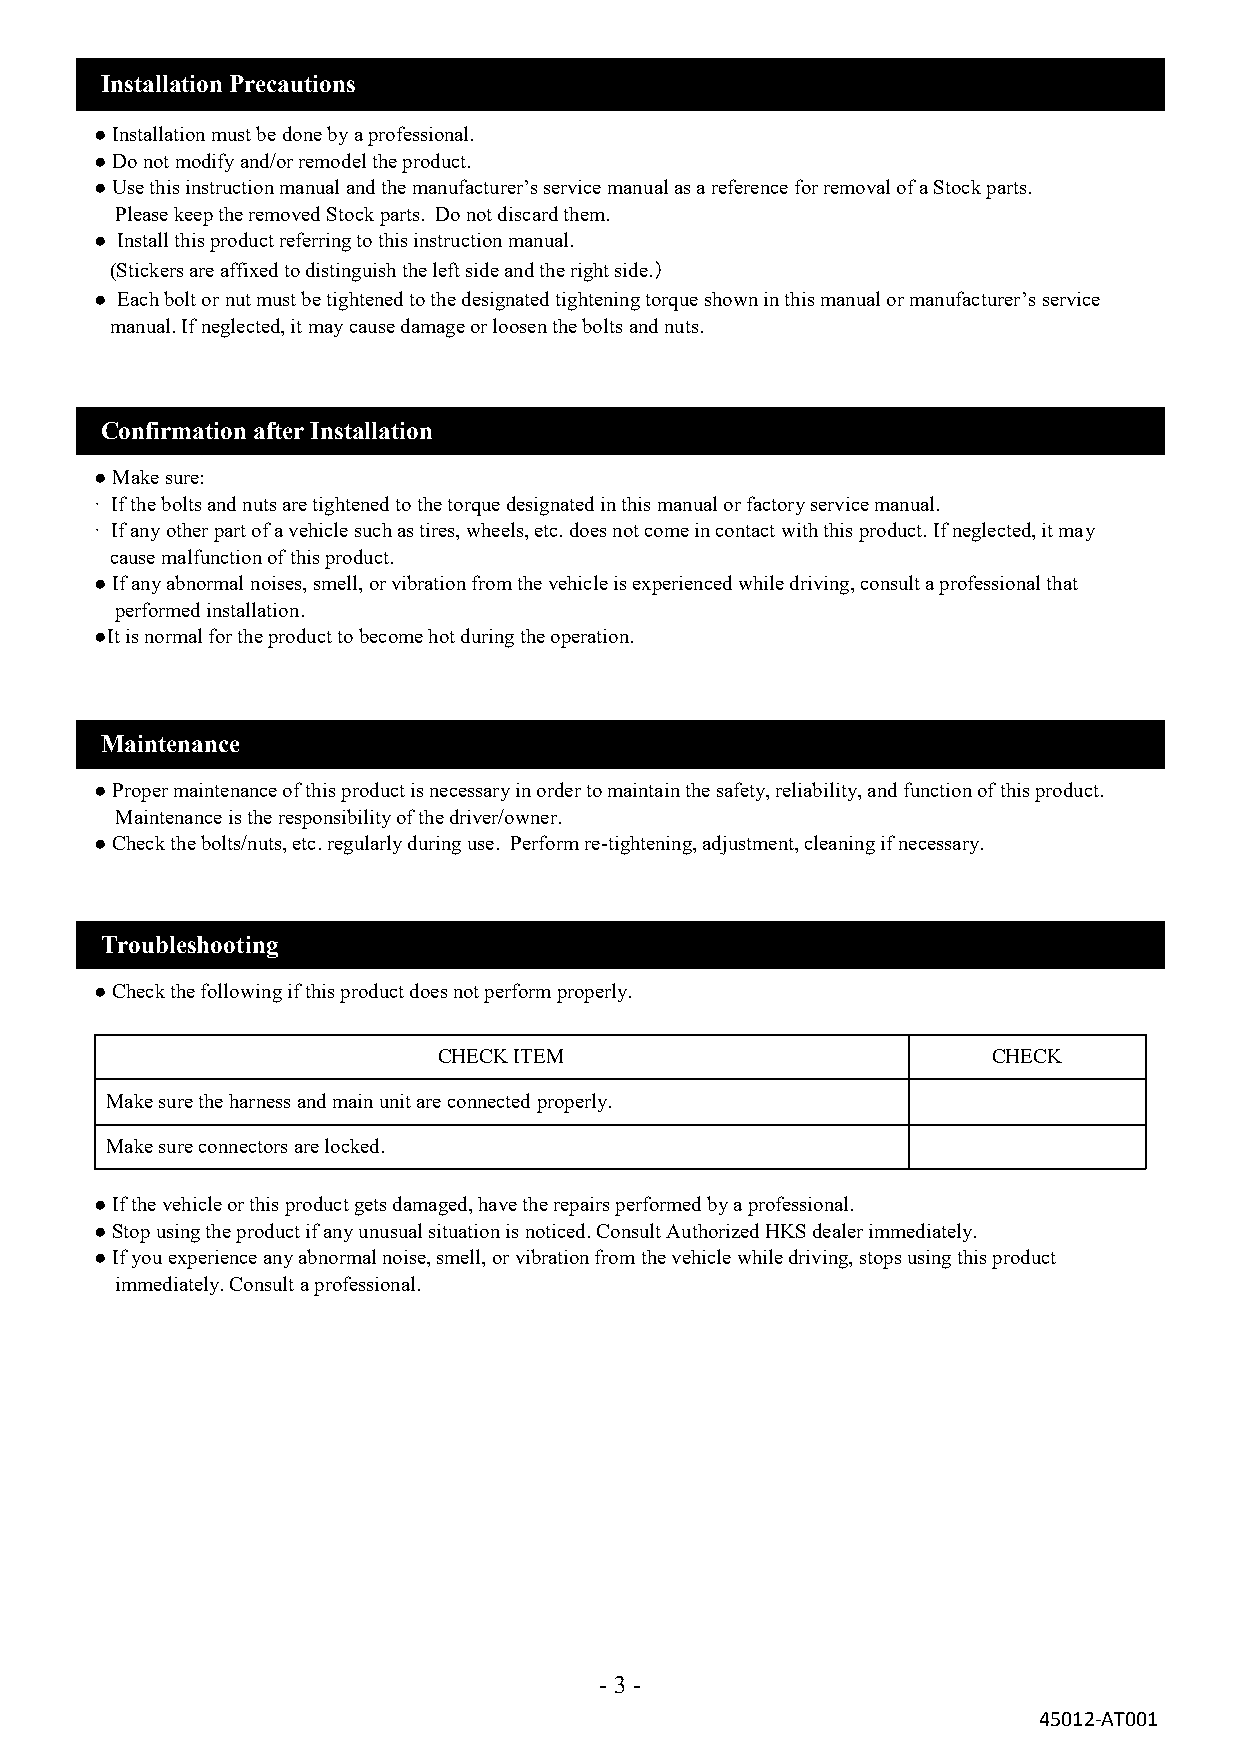
Installation Precautions
 ●Installation must be done by a professional.
 ●Do not modify and/or remodel the product.
 ●Use this instruction manual and the manufacturer’s service manual as a reference for removal of a Stock parts.
 Please keep the removed Stock parts. Do not discard them.
 ● Install this product referring to this instruction manual.
 (Stickers are affixed to distinguish the left side and the right side.）
 ● Each bolt or nut must be tightened to the designated tightening torque shown in this manual or manufacturer’s service
 manual. If neglected, it may cause damage or loosen the bolts and nuts.
 Confirmation after Installation
 ●Make sure:
 · If the bolts and nuts are tightened to the torque designated in this manual or factory service manual.
 · If any other part of a vehicle such as tires, wheels, etc. does not come in contact with this product. If neglected, it may
 cause malfunction of this product.
 ●If any abnormal noises, smell, or vibration from the vehicle is experienced while driving, consult a professional that
 performed installation.
 ●It is normal for the product to become hot during the operation.
 Maintenance
 ●Proper maintenance of this product is necessary in order to maintain the safety, reliability, and function of this product.
 Maintenance is the responsibility of the driver/owner.
 ●Check the bolts/nuts, etc. regularly during use. Perform re-tightening, adjustment, cleaning if necessary.
 Troubleshooting
 ●Check the following if this product does not perform properly.
 CHECK ITEM                           CHECK
 Make sure the harness and main unit are connected properly.
 Make sure connectors are locked.
 ●If the vehicle or this product gets damaged, have the repairs performed by a professional.
 ●Stop using the product if any unusual situation is noticed. Consult Authorized HKS dealer immediately.
 ●If you experience any abnormal noise, smell, or vibration from the vehicle while driving, stops using this product
 immediately. Consult a professional.
 -3 -
 45012-AT001